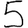
Digit: 5